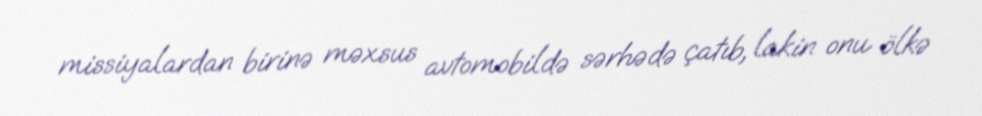
missiyalardan birinə məxsus avtomobildə sərhədə çatıb, lakin onu ölkə